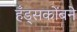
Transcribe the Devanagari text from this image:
हँड्सकोंबने